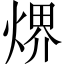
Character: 𤋽